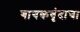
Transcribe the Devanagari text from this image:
गायकवृंदाचा